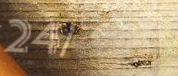
24/7